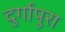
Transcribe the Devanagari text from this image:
दुर्गापुरा